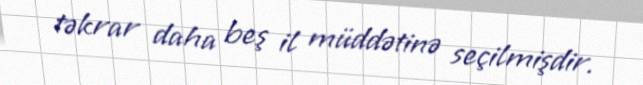
təkrar daha beş il müddətinə seçilmişdir.